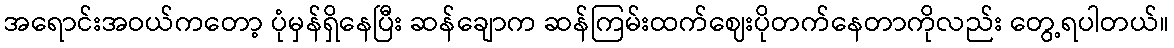
အရောင်းအဝယ်ကတော့ ပုံမှန်ရှိနေပြီး ဆန်ချောက ဆန်ကြမ်းထက်ဈေးပိုတက်နေတာကိုလည်း တွေ့ရပါတယ်။